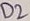
Text: D2